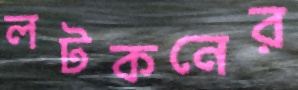
লটকনের